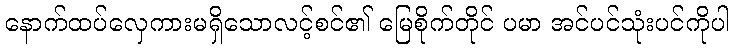
နောက်ထပ်လှေကားမရှိသောလင့်စင်၏ မြေစိုက်တိုင် ပမာ အင်ပင်သုံးပင်ကိုပါ